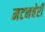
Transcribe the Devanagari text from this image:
मटनचेरी